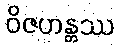
ဝိဇဟန္တဿ